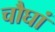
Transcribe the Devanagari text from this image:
चौघां